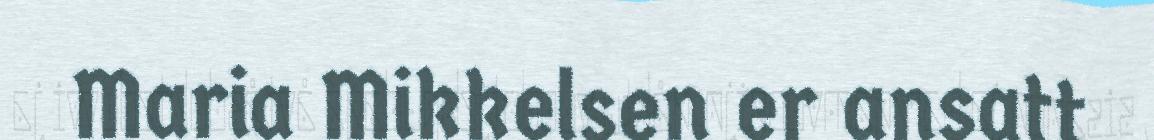
Maria Mikkelsen er ansatt